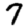
Digit: 7